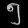
Digit: ၅